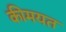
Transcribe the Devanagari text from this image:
कीमयत